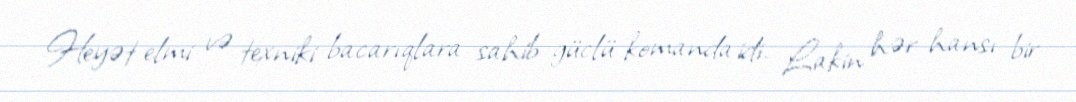
Heyət elmi və texniki bacarıqlara sahib güclü komanda idi. Lakin hər hansı bir